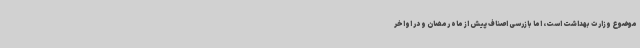
موضوع وزارت بهداشت است، اما بازرسی اصناف پیش از ماه رمضان و در اواخر